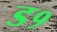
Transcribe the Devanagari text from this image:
ड१